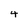
Character: 4